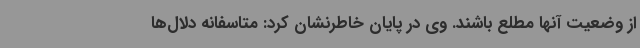
از وضعیت آنها مطلع باشند. وی در پایان خاطرنشان کرد: متاسفانه دلال‌ها